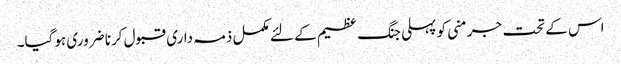
اس کے تحت جرمنی کو پہلی جنگ ‏عظیم کے لئے مکمل ذمہ داری قبول کرنا ضروری ہوگیا۔